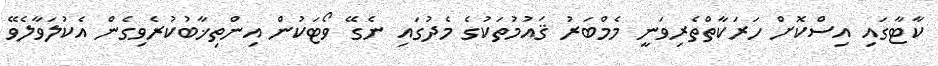
ކާޓާގައި އިސްކޮށް ހަރަކާތްތެރިވަނީ މެމްބަރު ޤައުމުތަކުގެ މެދުގައި ނެގޭ ވޯޓަކުން އިންތިޚާބުކުރެވިގެން އެކުލަވާލެވޭ